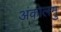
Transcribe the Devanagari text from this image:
अंकोलमु